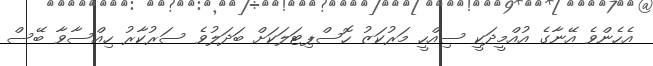
އެހެންވެ އޭނާގެ އުއްމީދަކީ ސިއްހީ މަރުކަޒު ހޮސްޕިޓަލަކަށް ބަދަލުވެ ސަރުކާރު ހިއްސާވާ ބޭސް